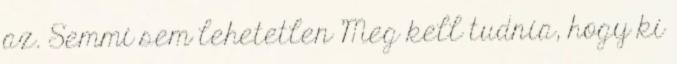
az. Semmi sem lehetetlen Meg kell tudnia, hogy ki